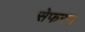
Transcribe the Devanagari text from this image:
सेफरन